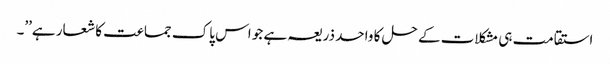
استقامت ہی مشکلات کے حل کا واحد ذریعہ ہے جو اس پاک جماعت کا شعار ہے’’۔